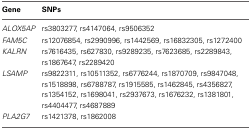
| Gene | SNPs |
 | --- | --- |
 | ALOX5AP | rs3803277, rs4147064, rs9506352 |
 | FAM5C | rs12076854, rs2990996, rs1442569, rs16832305, rs1272400 |
 | KALRN | rs7616435, rs627830, rs9289235, rs7623685, rs2289843, rs1867647, rs2289420 |
 | LSAMP | rs9822311, rs10511352, rs6776244, rs1870709, rs9847048, rs1518898, rs6788787, rs1915585, rs1462845, rs4356827, rs1354152, rs1698041, rs2937673, rs1676232, rs1381801, rs4404477, rs4687889 |
 | PLA2G7 | rs1421378, rs1862008 |